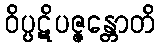
ဝိပ္ပဋိပဇ္ဇန္တောတိ